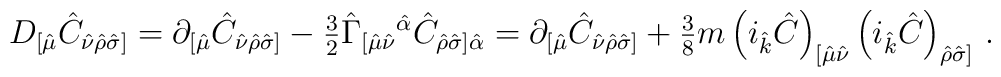
D_{[\hat{\mu}} \hat{C}_{\hat{\nu}\hat{\rho}\hat{\sigma}]} =\partial_{[\hat{\mu}}\hat{C}_{\hat{\nu}\hat{\rho}\hat{\sigma}]}-{\textstyle\frac{3}{2}}\hat{\Gamma}_{[\hat{\mu}\hat{\nu}}{}^{\hat{\alpha}}\hat{C}_{\hat{\rho}\hat{\sigma}]\hat{\alpha}}=\partial_{[\hat{\mu}}\hat{C}_{\hat{\nu}\hat{\rho}\hat{\sigma}]}+{\textstyle\frac{3}{8}}m \left(i_{\hat{k}}\hat{C}\right)_{[\hat{\mu}\hat{\nu}}\left(i_{\hat{k}}\hat{C}\right)_{\hat{\rho}\hat{\sigma}]}\, .